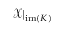
\mathcal { X } \vert _ { \mathrm { i m } ( K ) }